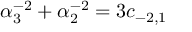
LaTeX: \alpha _ { 3 } ^ { - 2 } + \alpha _ { 2 } ^ { - 2 } = 3 c _ { - 2 , 1 }